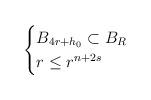
LaTeX: \begin{align*}\begin{cases}B_{4r+h_0}\subset B_R & \\r\le r^{n+2s} &\end{cases}\end{align*}